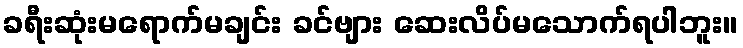
ခရီးဆုံးမရောက်မချင်း ခင်ဗျား ဆေးလိပ်မသောက်ရပါဘူး။